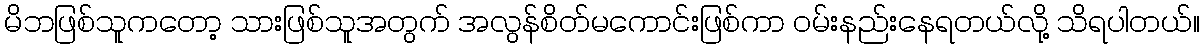
မိဘဖြစ်သူကတော့ သားဖြစ်သူအတွက် အလွန်စိတ်မကောင်းဖြစ်ကာ ဝမ်းနည်းနေရတယ်လို့ သိရပါတယ်။